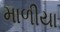
માળીયા